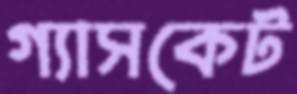
গ্যাসকেট